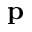
\mathbf { p }